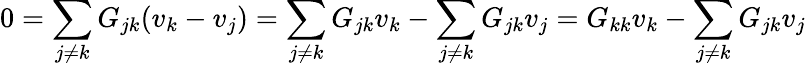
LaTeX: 0=\sum_{j\neq k}G_{jk}(v_{k}-v_{j})=\sum_{j\neq k}G_{jk}v_{k}-\sum_{j\neq k}G_{jk}v_{j}=G_{kk}v_{k}-\sum_{j\neq k}G_{jk}v_{j}